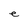
Character: e